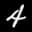
Label: 4